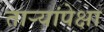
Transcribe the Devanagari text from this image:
तार्‍यांपेक्षा